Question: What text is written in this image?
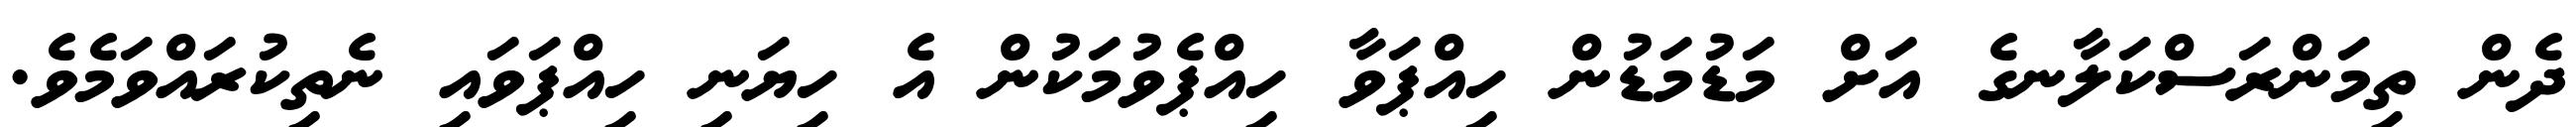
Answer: ދެން ތިމަންރަސްކަލާނގެ އަށް މަޑުމަޑުން ހިއްޕަވާ ހިއްޕެވުމަކުން އެ ހިޔަނި ހިއްޕަވައި ނެތިކުރައްވަމެވެ.